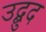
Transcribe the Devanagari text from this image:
उद्बुद